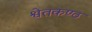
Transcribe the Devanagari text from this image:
श्वेतकण्ठ